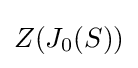
Z(J_{0}(S))